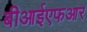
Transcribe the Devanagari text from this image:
बीआईएफआर